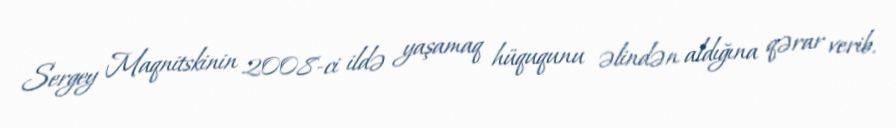
Sergey Maqnitskinin 2008-ci ildə yaşamaq hüququnu əlindən aldığına qərar verib.